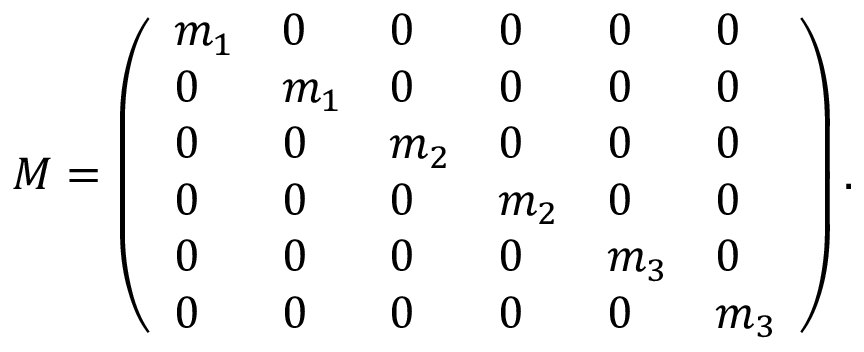
M = \left( \begin{array} { l l l l l l } { m _ { 1 } } & { 0 } & { 0 } & { 0 } & { 0 } & { 0 } \\ { 0 } & { m _ { 1 } } & { 0 } & { 0 } & { 0 } & { 0 } \\ { 0 } & { 0 } & { m _ { 2 } } & { 0 } & { 0 } & { 0 } \\ { 0 } & { 0 } & { 0 } & { m _ { 2 } } & { 0 } & { 0 } \\ { 0 } & { 0 } & { 0 } & { 0 } & { m _ { 3 } } & { 0 } \\ { 0 } & { 0 } & { 0 } & { 0 } & { 0 } & { m _ { 3 } } \end{array} \right) .